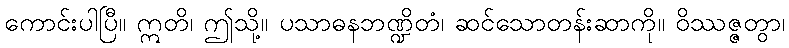
ကောင်းပါပြီ။ ဣတိ၊ ဤသို့။ ပသာဓနဘဏ္ဍိတံ၊ ဆင်သောတန်းဆာကို။ ဝိဿဇ္ဇတွာ၊